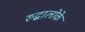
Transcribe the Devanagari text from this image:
रुद्धालोके